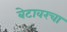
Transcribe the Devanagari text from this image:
बेटावरचा